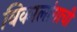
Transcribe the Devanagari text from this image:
विकालांगाची